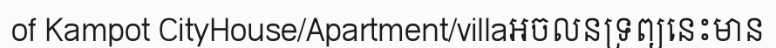
of Kampot CityHouse/Apartment/villaអចលនទ្រព្យនេះមាន